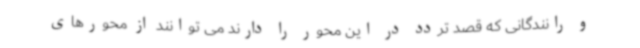
و رانندگانی که قصد تردد در این محور را دارند می توانند از محورهای